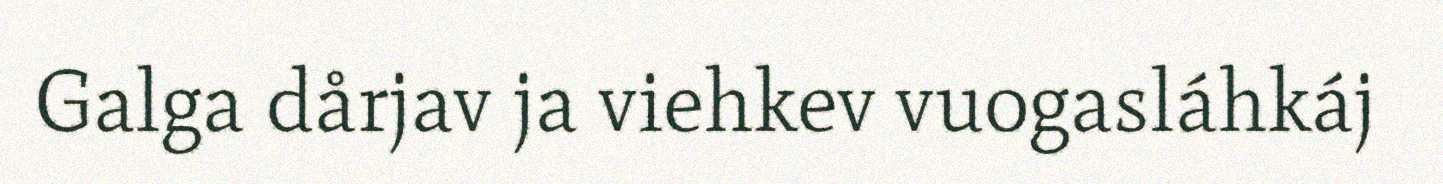
Galga dårjav ja viehkev vuogasláhkáj